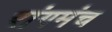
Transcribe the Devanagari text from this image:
रांगमंच